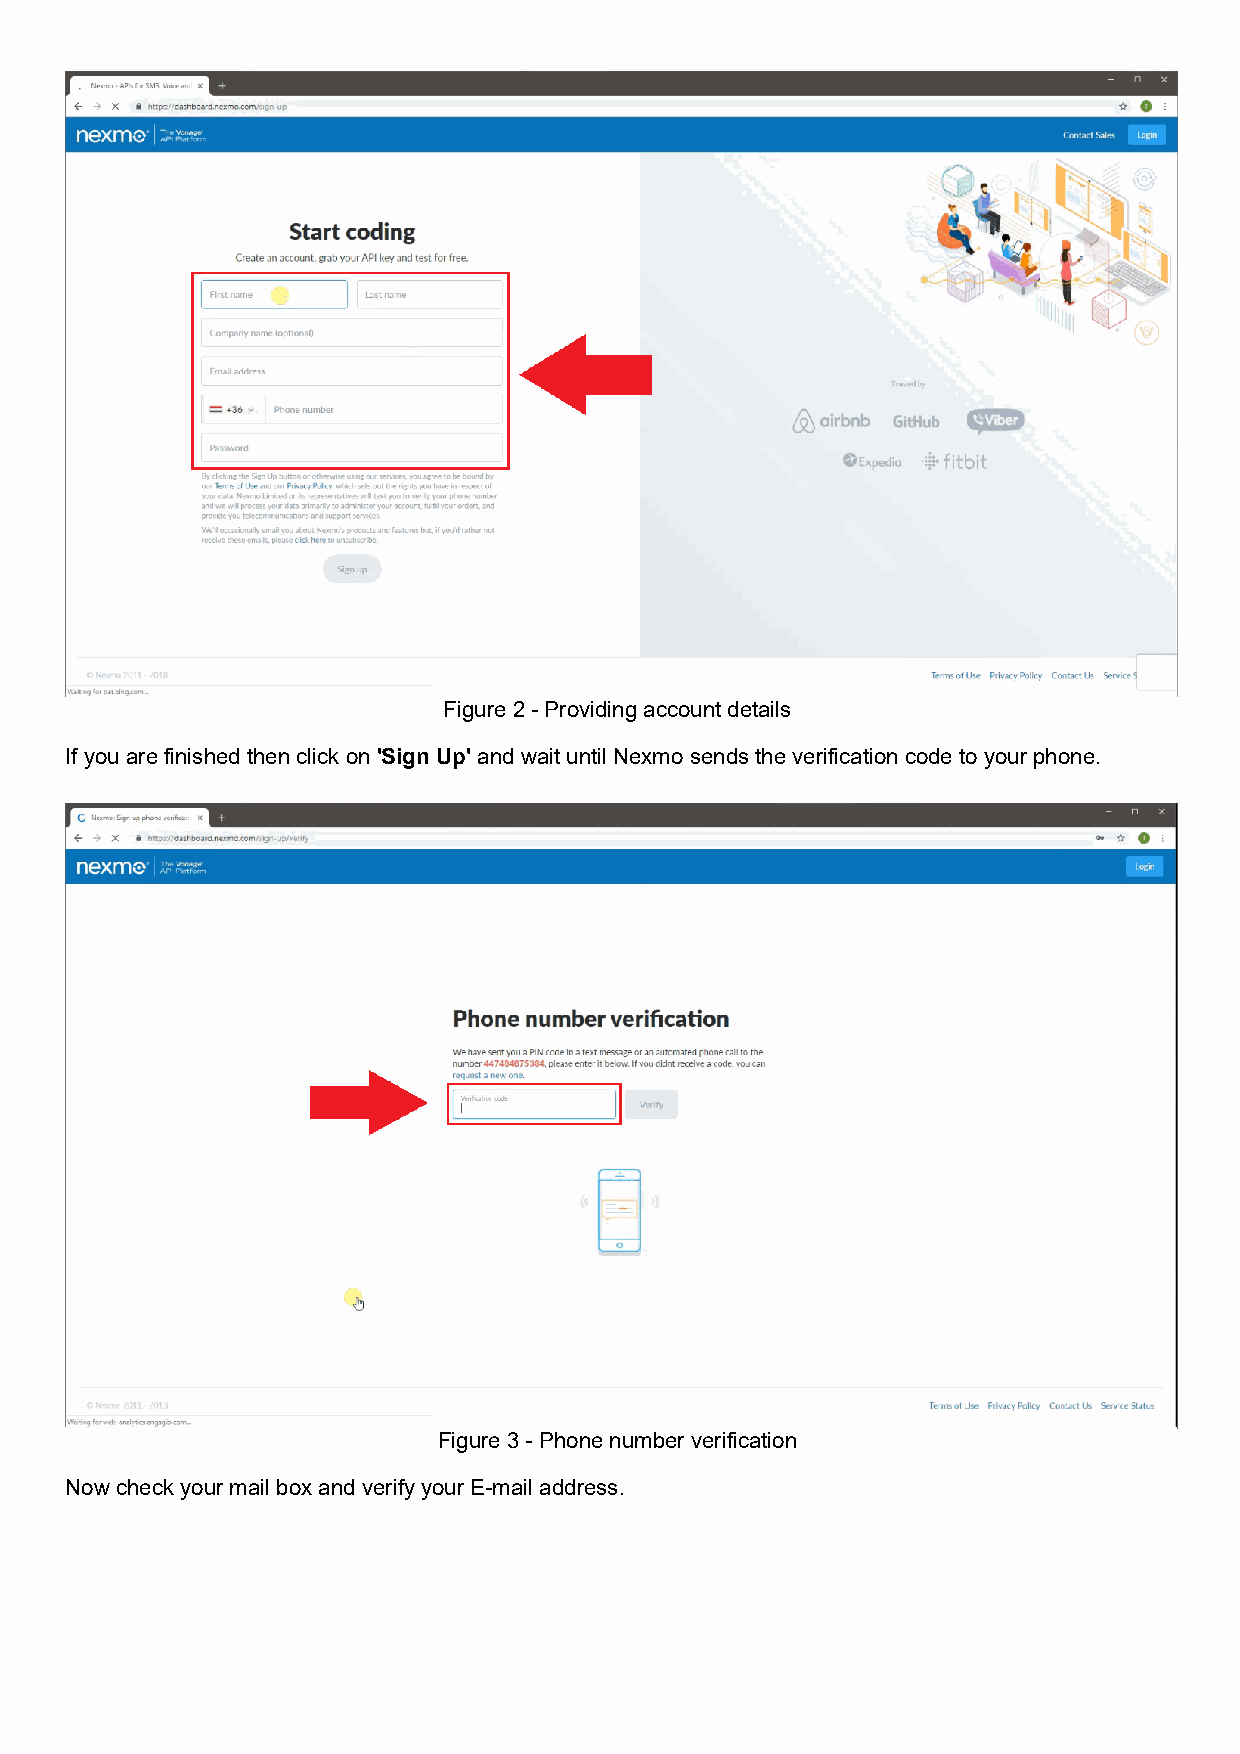
Figure 2 - Providing account details
 If you are finished then click on 'Sign Up' and wait until Nexmo sends the verification code to your phone.
 Figure 3 - Phone number verification
 Now check your mail box and verify your E-mail address.